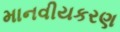
માનવીયકરણ